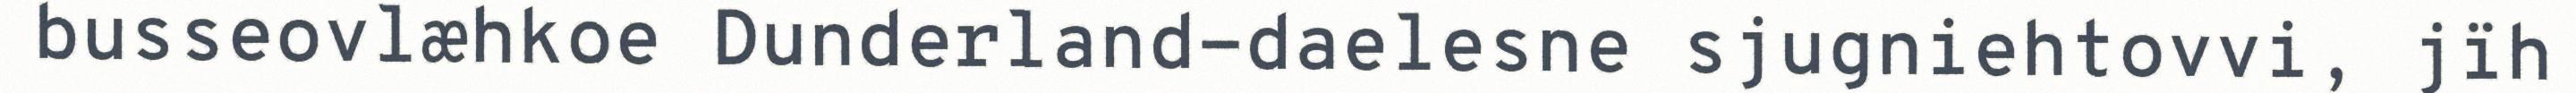
busseovlæhkoe Dunderland-daelesne sjugniehtovvi, jïh